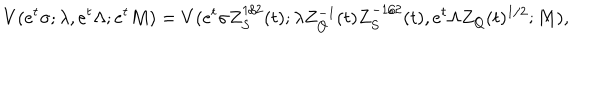
V ( e ^ { t } \sigma ; \lambda , e ^ { t } \Lambda ; e ^ { t } M ) = V ( e ^ { t } \sigma Z _ { S } ^ { 1 / 2 } ( t ) ; \lambda Z _ { Q } ^ { - 1 } ( t ) Z _ { S } ^ { - 1 / 2 } ( t ) , e ^ { t } \Lambda Z _ { Q } ( t ) ^ { 1 / 2 } ; M ) ,